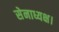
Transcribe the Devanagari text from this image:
सेनाध्यक्ष।